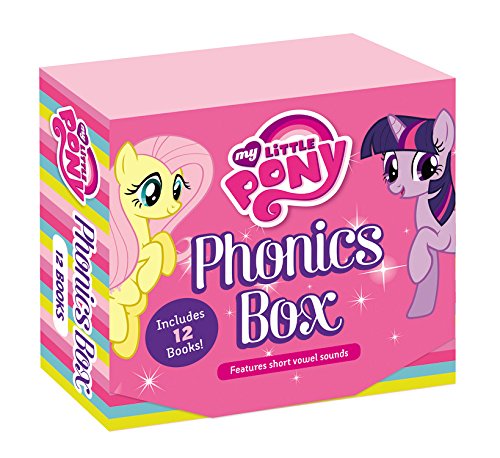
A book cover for My Little Pony: Phonics Box; Joanne Mattern; Children's Books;